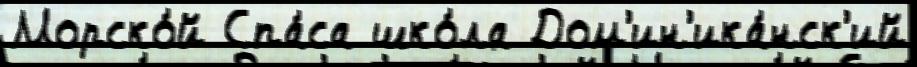
Морско́й Спа́са шко́ла Дом'ин'ика́нск'ий